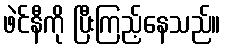
ဖဲင်နီကို ပြီးကြည့်နေသည်။